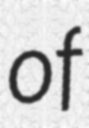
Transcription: of